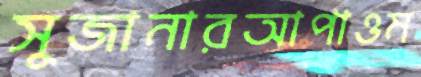
সুজানারআপাওম